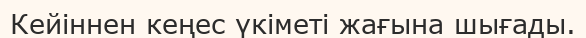
Кейіннен кеңес үкіметі жағына шығады.